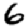
Digit: 6